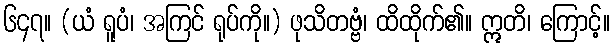
၆၄၇။ (ယံ ရူပံ၊ အကြင် ရုပ်ကို။) ဖုသိတဗ္ဗံ၊ ထိထိုက်၏။ ဣတိ၊ ကြောင့်။